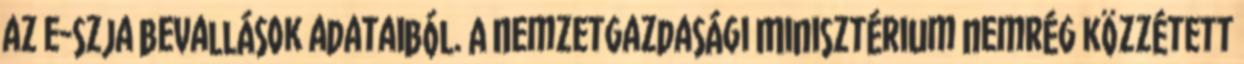
az e-szja bevallások adataiból. A Nemzetgazdasági Minisztérium nemrég közzétett